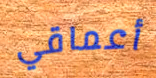
أعماقي